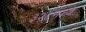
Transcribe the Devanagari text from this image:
३२८मध्ये